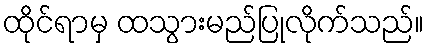
ထိုင်ရာမှ ထသွားမည်ပြုလိုက်သည်။